65_HS1-834228961_62-HQ-83894_Section_4
Agency: FBI
Page 94
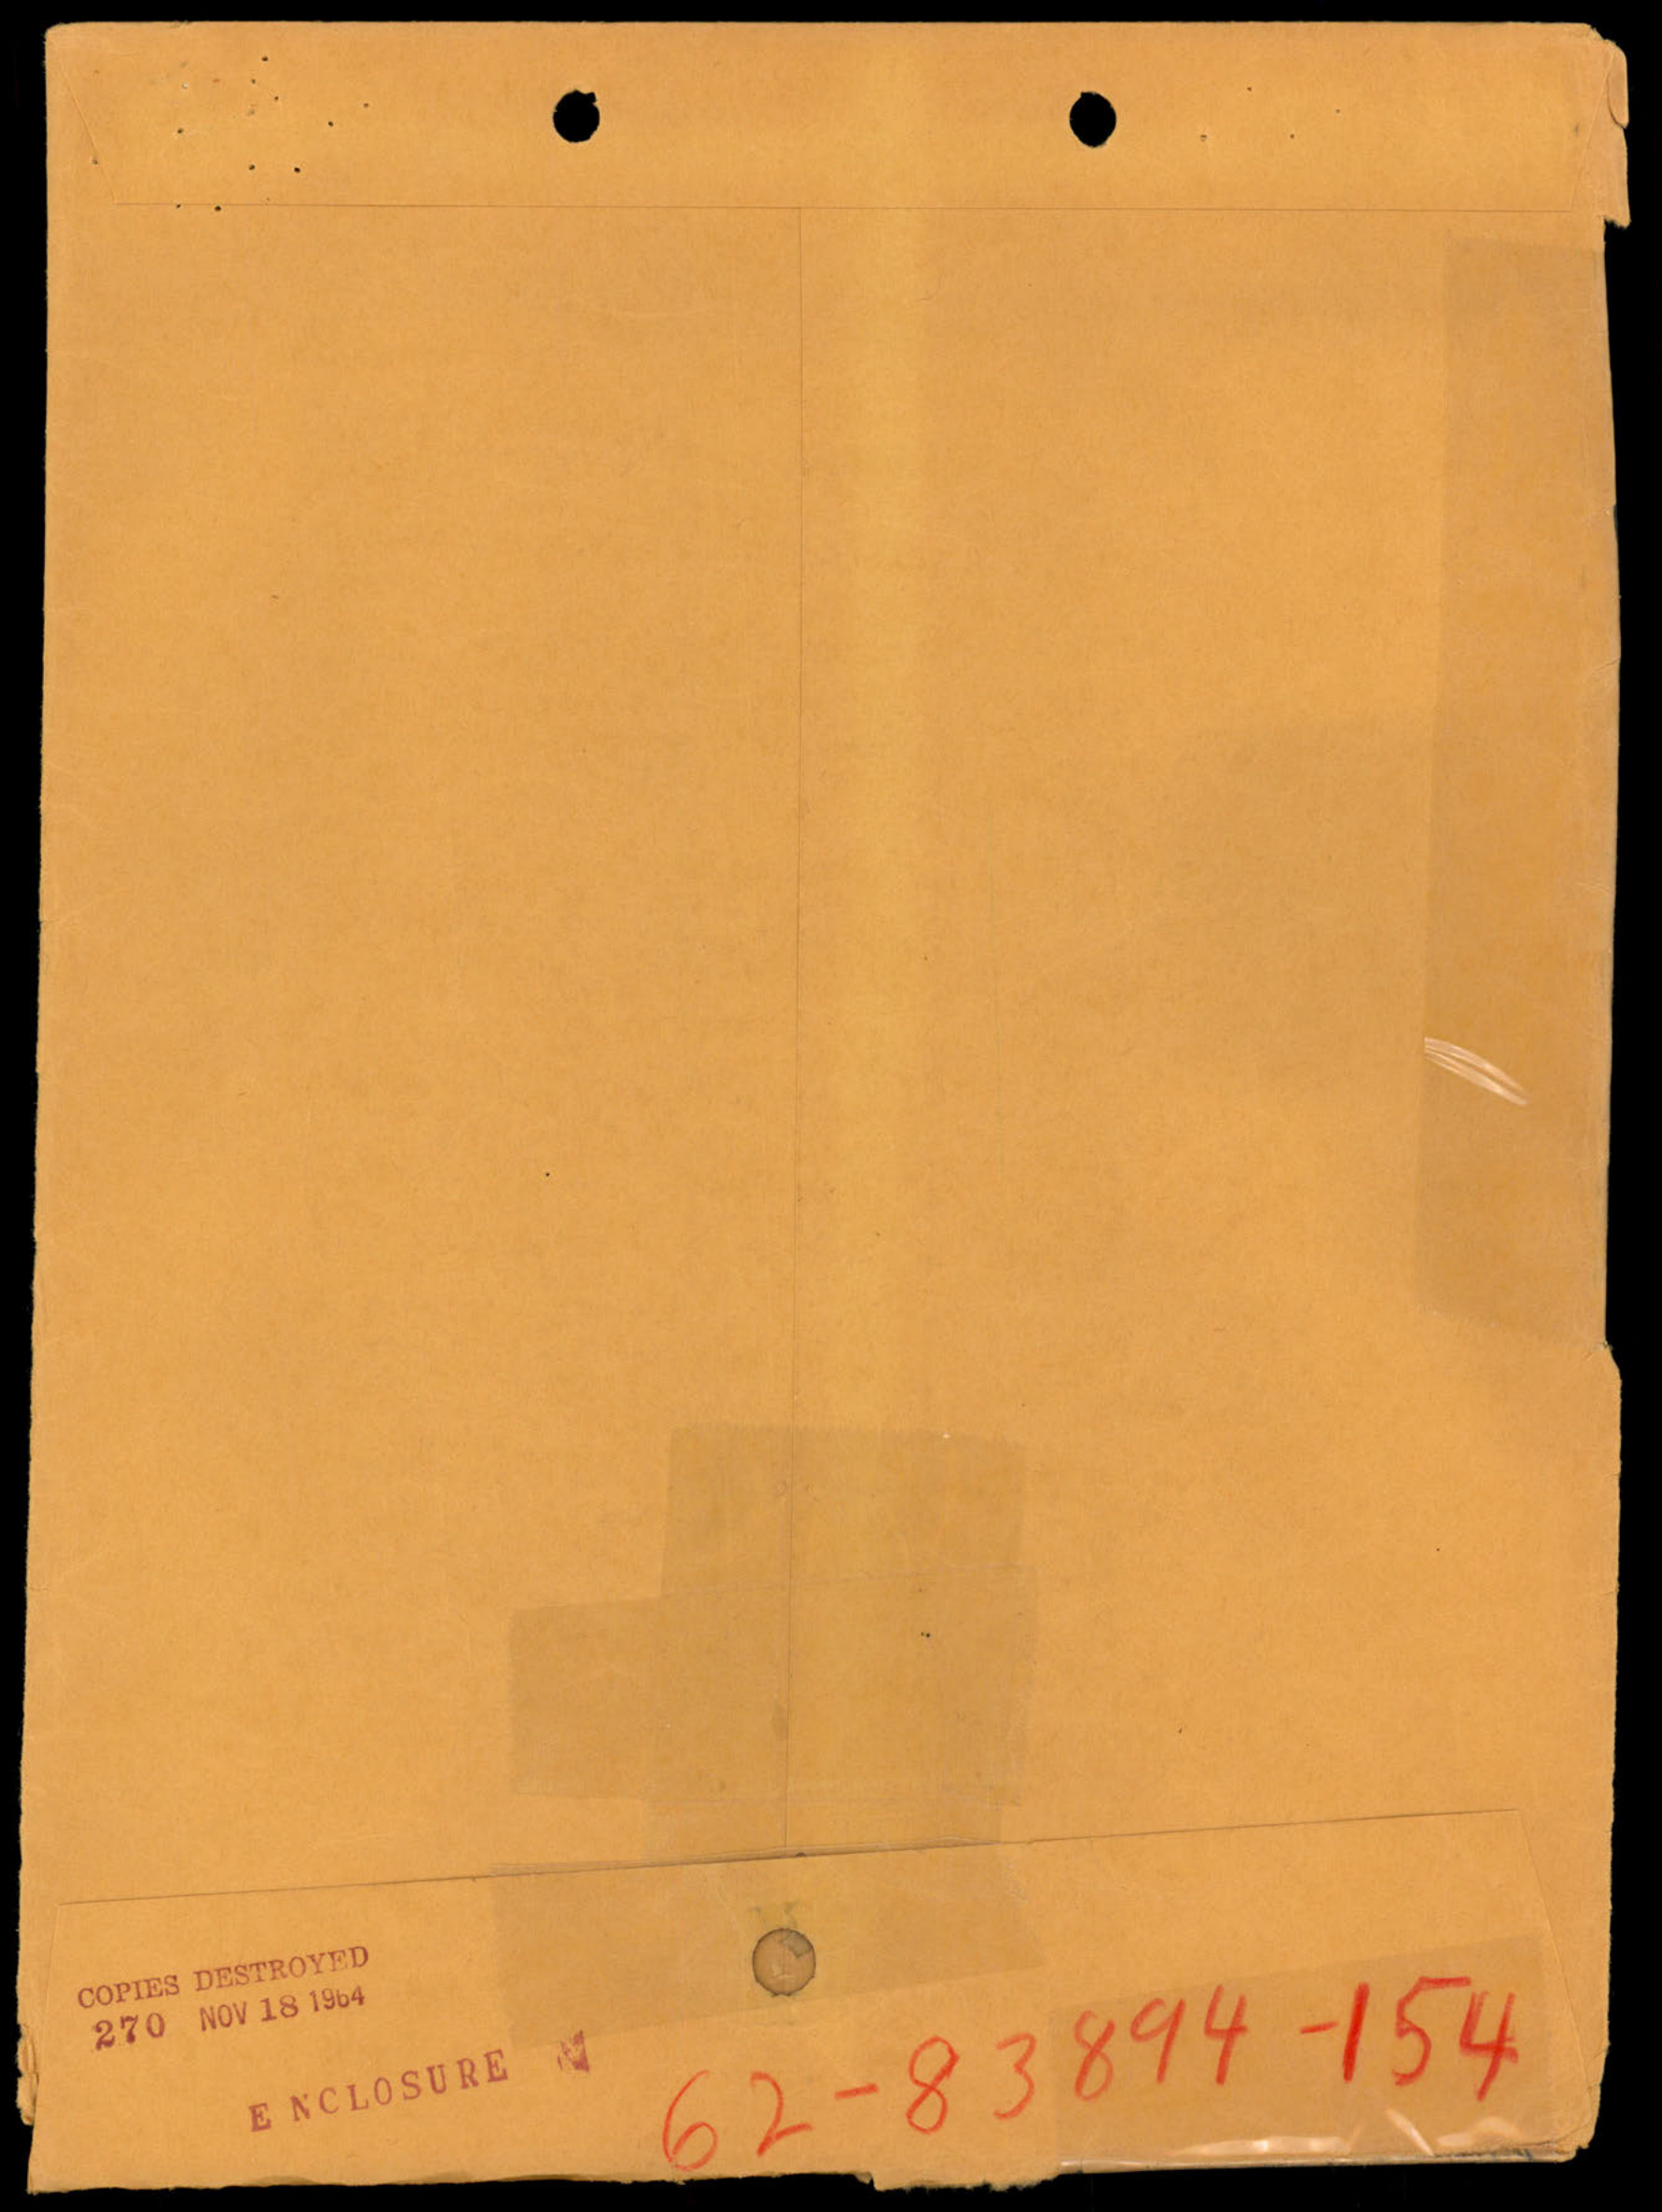